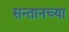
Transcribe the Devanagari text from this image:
सन्तानच्या